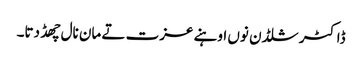
ڈاکٹر شلڈن نوں اوہنے عزت تے مان نال چھڈ دتا۔